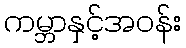
ကမ္ဘာနှင့်အဝန်း